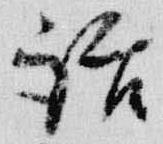
話